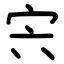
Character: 宍